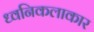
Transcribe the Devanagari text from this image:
ध्वनिकलाकार